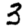
Digit: 3